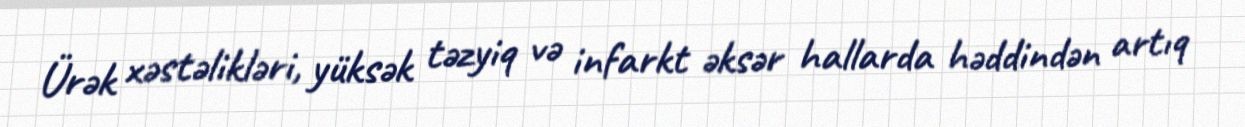
Ürək xəstəlikləri, yüksək təzyiq və infarkt əksər hallarda həddindən artıq